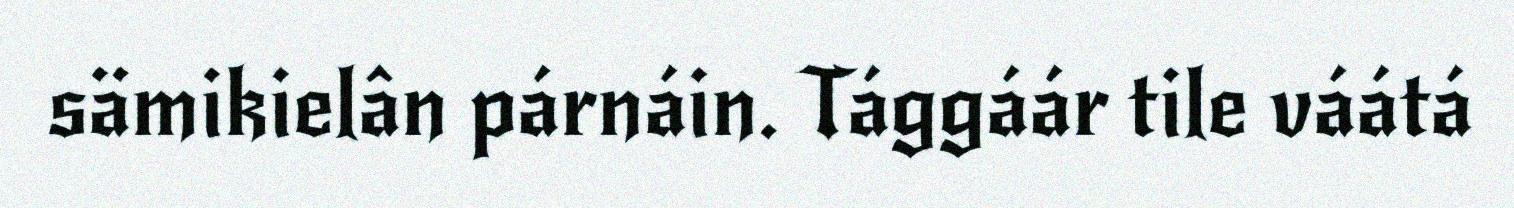
sämikielân párnáin. Tággáár tile váátá